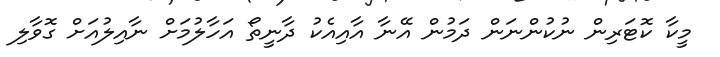
މީކާ ކޮޓަރިން ނުކުންނަން ދަމުން އޭނާ އާއިއެކު ދާނީތޯ އަހާލުމަށް ނާއިލުއަށް ގޮވާލި